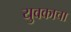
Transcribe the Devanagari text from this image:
युवकाचा